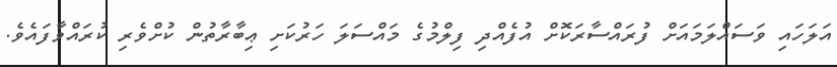
އަލަހައި ވަސައްލަމައަށް ފުރައްސާރަކޮށް އުފެއްދި ފިލްމުގެ މައްސަލަ ހަރުކަށި ޢިބާރާތުން ކުށްވެރި ކުރައްވާފައެވެ.